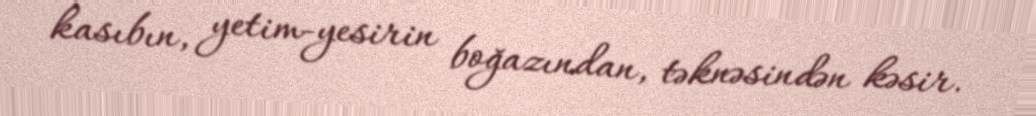
kasıbın, yetim-yesirin boğazından, təknəsindən kəsir.